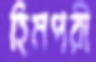
হিমপরী